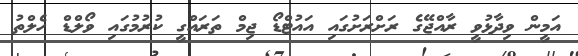
އަމީން ވިދާޅުވީ ރާއްޖޭގެ ރަށްރަށުގައި އައުޓްޑޯ ޖިމް ތަރައްގީ ކުރުމުގައި ވޯލްޑް ހެލްތު